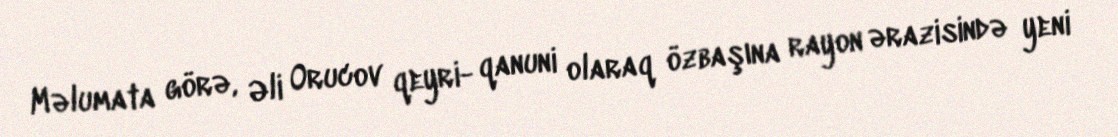
Məlumata görə, Əli Orucov qeyri- qanuni olaraq özbaşına rayon ərazisində yeni